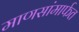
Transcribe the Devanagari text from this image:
माणसांमार्फत